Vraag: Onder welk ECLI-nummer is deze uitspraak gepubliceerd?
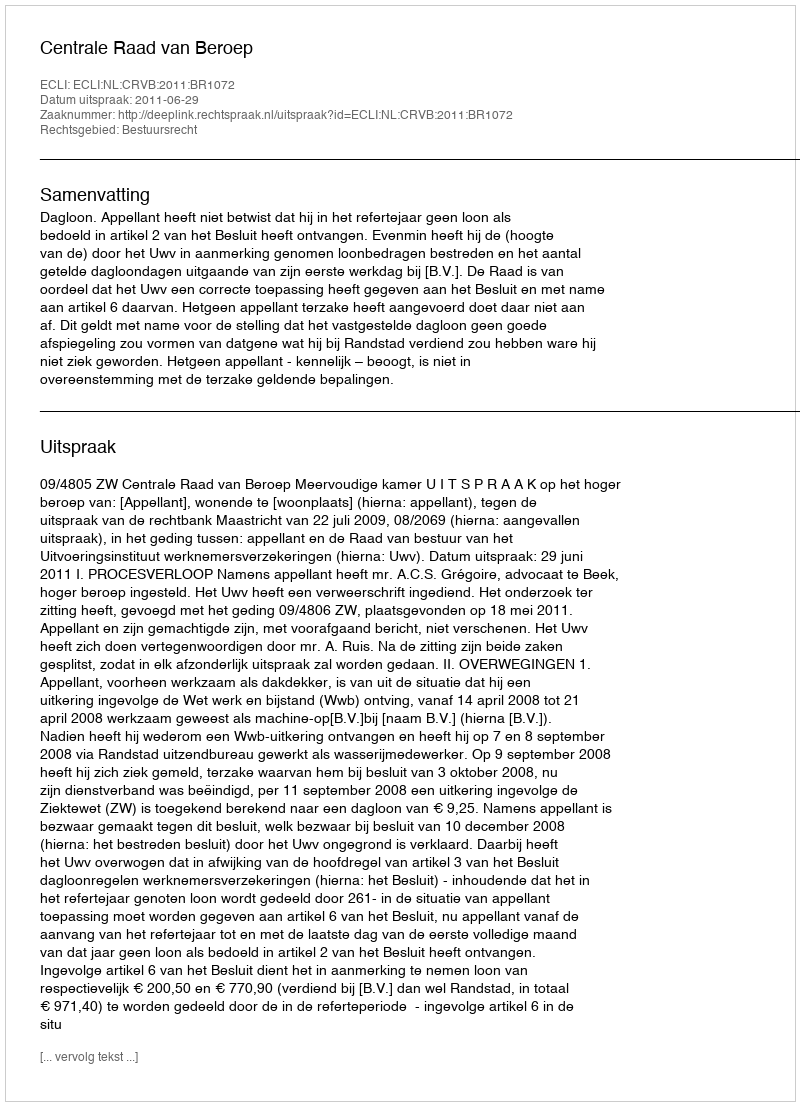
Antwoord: ECLI:NL:CRVB:2011:BR1072